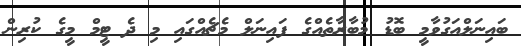
ބައިނަލްއަގުވާމީ ބޮޑު މުބާރާތެއްގެ ފައިނަލް މެޗެއްގައި މި ދެ ޓީމް މީގެ ކުރިން